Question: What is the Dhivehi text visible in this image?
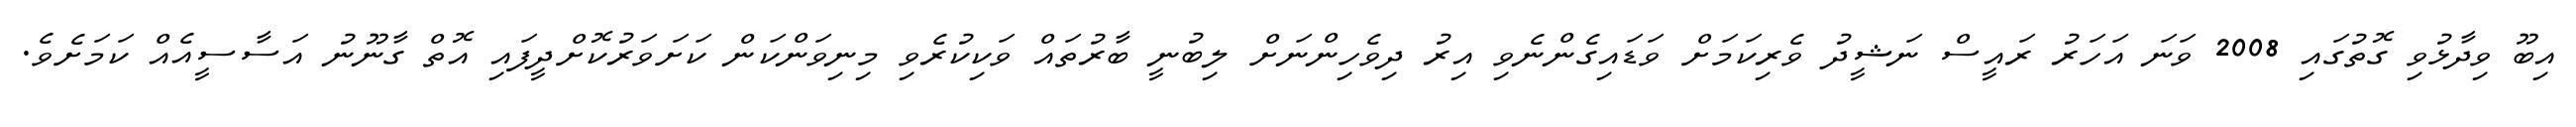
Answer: އިބޫ ވިދާޅުވި ގޮތުގައި 2008 ވަނަ އަހަރު ރައީސް ނަޝީދު ވެރިކަމަށް ވަޑައިގެންނެވި އިރު ދިވެހިންނަށް ލިބުނީ ބާރުތައް ވަކިކުރެވި މިނިވަންކަން ކަށަވަރުކޮށްދީފައި އޮތް ގާނޫނު އަސާސީއެއް ކަމަށެވެ.